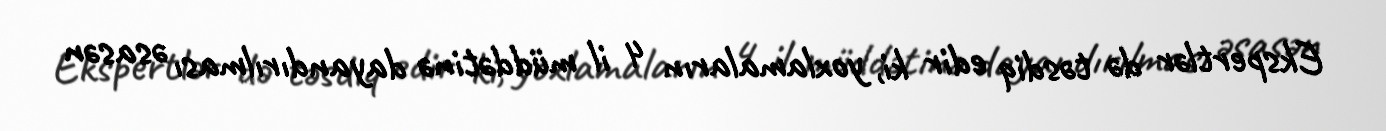
Ekspertlər də təsdiq edir ki, yoxlamaların 4 il müddətinə dayandırılması əsasən